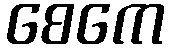
စေကေ